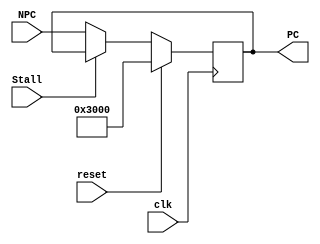
`timescale 1ns / 1ps
//////////////////////////////////////////////////////////////////////////////////
// Company: 
// Engineer: 
// 
// Design Name: 
// Module Name:    PC 
// Project Name: 
// Target Devices: 
// Tool versions: 
// Description: 
//
// Dependencies: 
//
// Revision: 
// Revision 0.01 - File Created
// Additional Comments: 
//
//////////////////////////////////////////////////////////////////////////////////
module PC(
    input [31:0] NPC,
    input clk,
    input reset,
    input Stall,
    output reg [31:0] PC
    );
	 initial begin
		PC = 32'h00003000;
	 end
	 always@(posedge clk) begin
		if (reset == 1'b1) begin
			PC <= 32'h00003000;
		end
		else if (Stall == 1'b1) begin
		end
		else begin
			PC <= NPC;
		end
	 end
endmodule